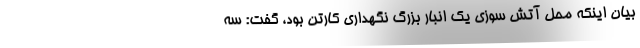
بیان اینکه محل آتش سوزی یک انبار بزرگ نگهداری کارتن بود، گفت: سه